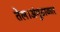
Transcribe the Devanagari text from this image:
तेल।अंगूठाकार